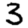
Digit: 3